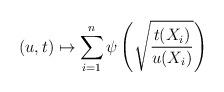
LaTeX: \begin{align*}(u,t)\mapsto \sum_{i=1}^{n}\psi\left(\sqrt{\frac{t(X_{i})}{u(X_{i})}}\right)\end{align*}